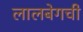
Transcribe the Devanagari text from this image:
लालबेगची